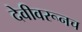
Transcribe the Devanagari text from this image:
देवीवरूनच